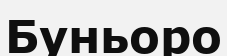
Буньоро